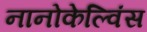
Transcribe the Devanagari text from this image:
नानोकेल्विंस